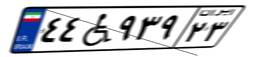
۴۴W۹۳۹۲۳